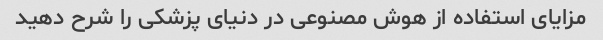
مزایای استفاده از هوش مصنوعی در دنیای پزشکی را شرح دهید